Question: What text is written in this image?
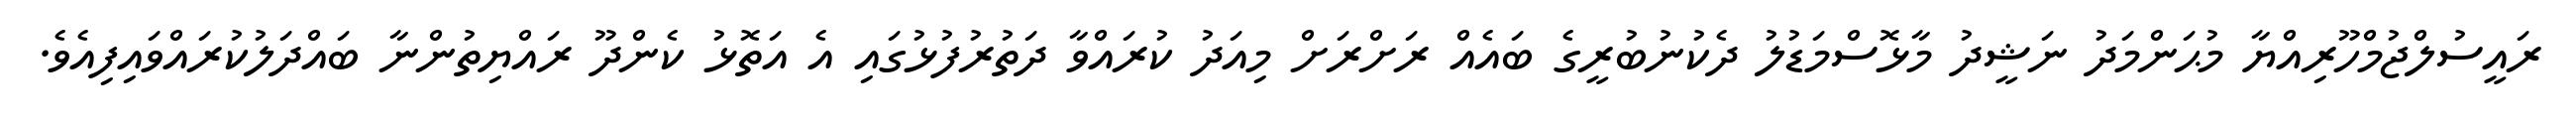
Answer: ރައީސުލްޖުމްހޫރިއްޔާ މުޙަންމަދު ނަޝީދު މާޅޮސްމަޑުލު ދެކުނުބުރީގެ ބައެއް ރަށްރަށް މިއަދު ކުރައްވާ ދަތުރުފުޅުގައި އެ އަތޮޅު ކެންދޫ ރައްޔިތުންނާ ބައްދަލުކުރައްވައިފިއެވެ.